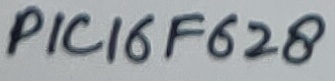
Text: PIC16F628